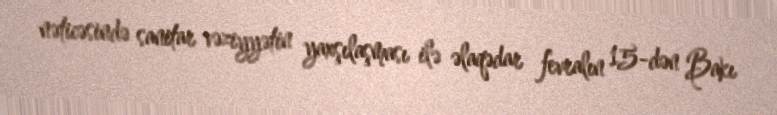
nəticəsində sanitar vəziyyətin yaxşılaşması ilə əlaqədar fevralın 15-dən Bakı